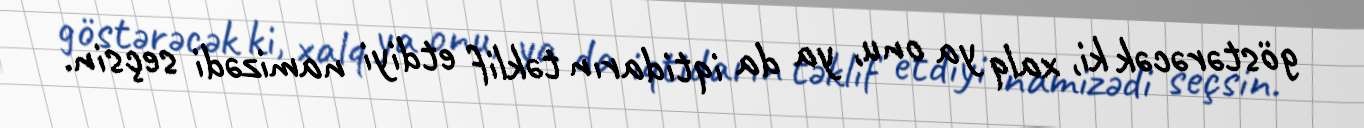
göstərəcək ki, xalq ya onu, ya da iqtidarın təklif etdiyi namizədi seçsin.